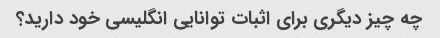
چه چیز دیگری برای اثبات توانایی انگلیسی خود دارید؟